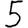
Digit: 5